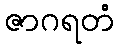
ဇာဂရတံ